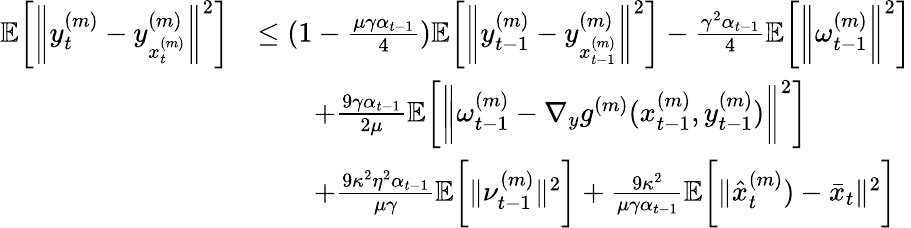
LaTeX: \begin{array}{rl}{\mathbb{E}\bigg[\bigg\| y_{t}^{(m)}-y_{x_{t}^{(m)}}^{(m)}\bigg\| ^{2}\bigg]}&{\leq(1-\frac{\mu\gamma\alpha_{t-1}}{4})\mathbb{E}\bigg[\bigg\| y_{t-1}^{(m)}-y_{x_{t-1}^{(m)}}^{(m)}\bigg\| ^{2}\bigg]-\frac{\gamma^{2}\alpha_{t-1}}{4}\mathbb{E}\bigg[\bigg\| \omega_{t-1}^{(m)}\bigg\| ^{2}\bigg]}\\ &{\qquad+\frac{9\gamma\alpha_{t-1}}{2\mu}\mathbb{E}\bigg[\bigg\| \omega_{t-1}^{(m)}-\nabla_{y}g^{(m)}(x_{t-1}^{(m)},y_{t-1}^{(m)})\bigg\| ^{2}\bigg]}\\ &{\qquad+\frac{9\kappa^{2}\eta^{2}\alpha_{t-1}}{\mu\gamma}\mathbb{E}\bigg[\| \nu_{t-1}^{(m)}\| ^{2}\bigg]+\frac{9\kappa^{2}}{\mu\gamma\alpha_{t-1}}\mathbb{E}\bigg[\| \hat{x}_{t}^{(m)})-\bar{x}_{t}\| ^{2}\bigg]}\end{array}